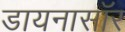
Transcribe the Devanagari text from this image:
डायनासॉर